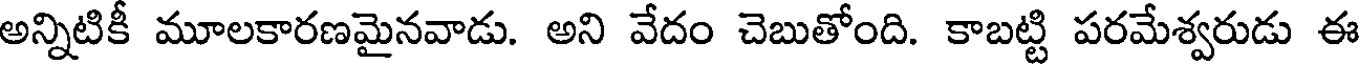
అన్నిటికీ మూలకారణమైనవాడు. అని వేదం చెబుతోంది. కాబట్టి పరమేశ్వరుడు ఈ